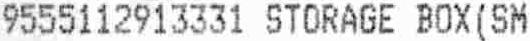
9555112913331 STORAGE BOX(SM